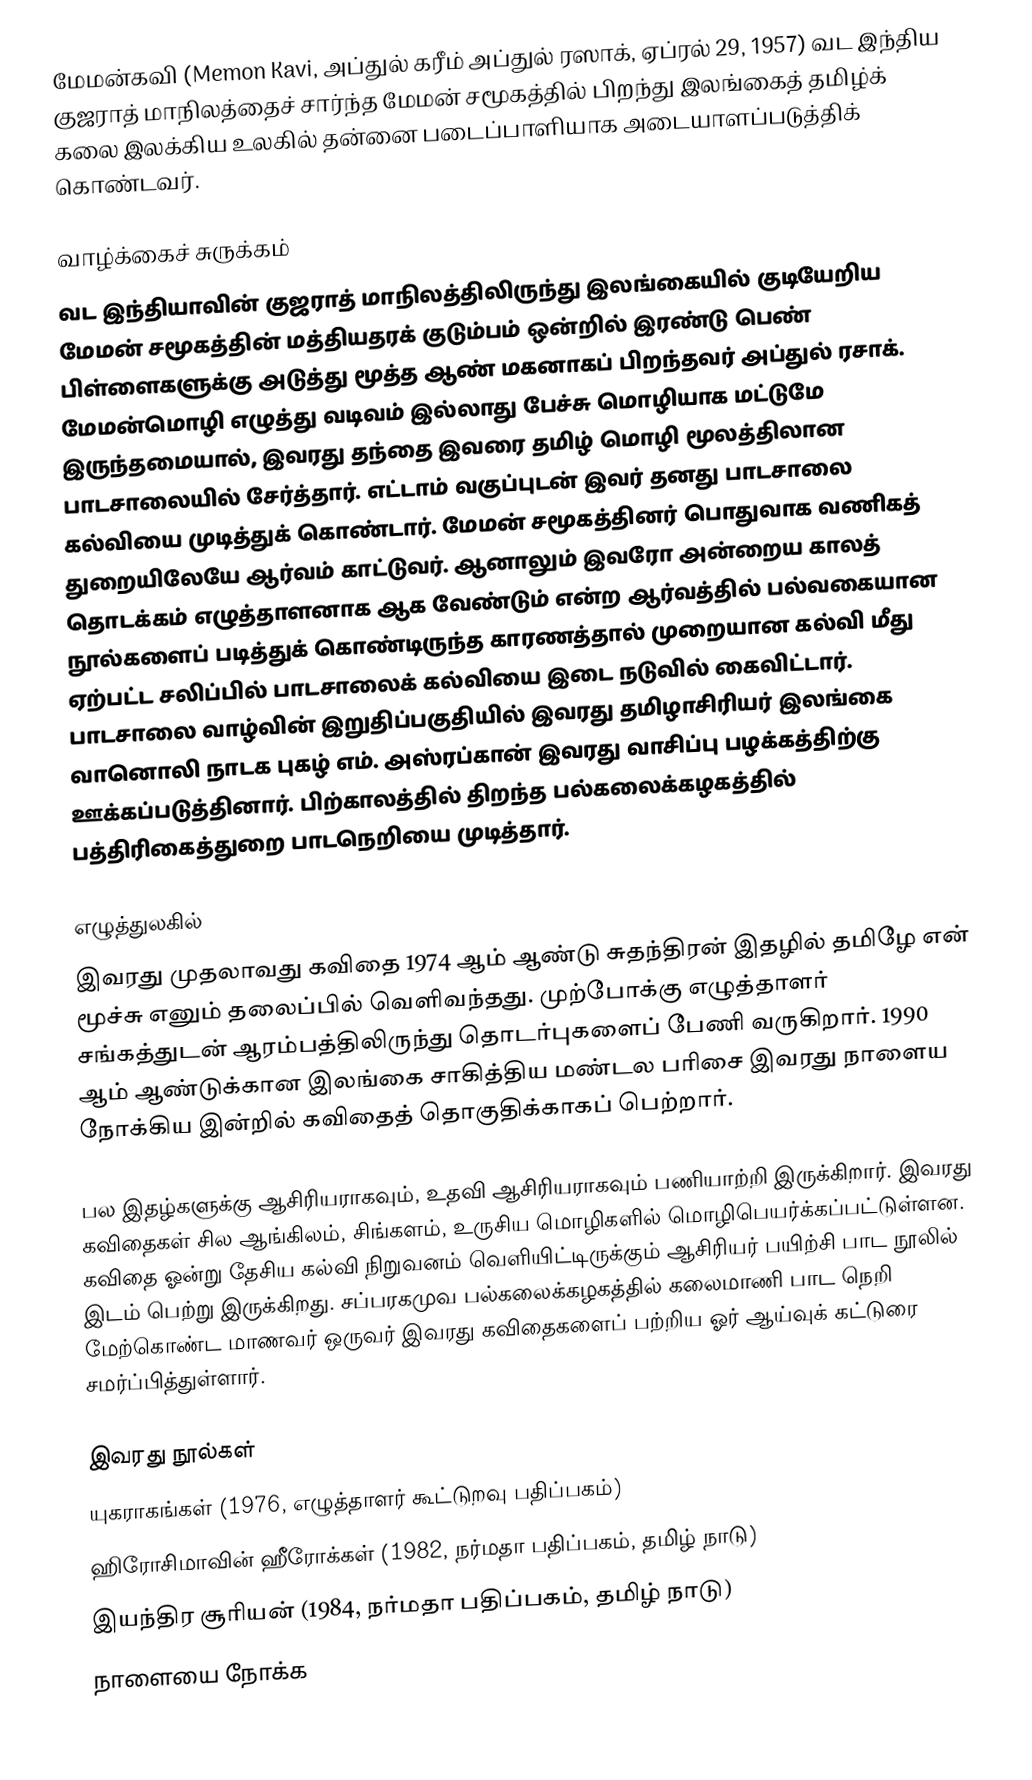
மேமன்கவி (Memon Kavi, அப்துல் கரீம் அப்துல் ரஸாக், ஏப்ரல் 29, 1957) வட இந்திய குஜராத் மாநிலத்தைச் சார்ந்த மேமன் சமூகத்தில் பிறந்து இலங்கைத் தமிழ்க் கலை இலக்கிய உலகில் தன்னை படைப்பாளியாக அடையாளப்படுத்திக் கொண்டவர்.

வாழ்க்கைச் சுருக்கம்
வட இந்தியாவின் குஜராத் மாநிலத்திலிருந்து இலங்கையில் குடியேறிய மேமன் சமூகத்தின் மத்தியதரக் குடும்பம் ஒன்றில் இரண்டு பெண் பிள்ளைகளுக்கு அடுத்து மூத்த ஆண் மகனாகப் பிறந்தவர் அப்துல் ரசாக். மேமன்மொழி எழுத்து வடிவம் இல்லாது பேச்சு மொழியாக மட்டுமே இருந்தமையால், இவரது தந்தை இவரை தமிழ் மொழி மூலத்திலான பாடசாலையில் சேர்த்தார். எட்டாம் வகுப்புடன் இவர் தனது பாடசாலை கல்வியை முடித்துக் கொண்டார். மேமன் சமூகத்தினர் பொதுவாக வணிகத் துறையிலேயே ஆர்வம் காட்டுவர். ஆனாலும் இவரோ அன்றைய காலத் தொடக்கம் எழுத்தாளனாக ஆக வேண்டும் என்ற ஆர்வத்தில் பல்வகையான நூல்களைப் படித்துக் கொண்டிருந்த காரணத்தால் முறையான கல்வி மீது ஏற்பட்ட சலிப்பில் பாடசாலைக் கல்வியை இடை நடுவில் கைவிட்டார். பாடசாலை வாழ்வின் இறுதிப்பகுதியில் இவரது தமிழாசிரியர் இலங்கை வானொலி நாடக புகழ் எம். அஸ்ரப்கான் இவரது வாசிப்பு பழக்கத்திற்கு ஊக்கப்படுத்தினார். பிற்காலத்தில் திறந்த பல்கலைக்கழகத்தில் பத்திரிகைத்துறை பாடநெறியை முடித்தார்.

எழுத்துலகில்
இவரது முதலாவது கவிதை 1974 ஆம் ஆண்டு சுதந்திரன் இதழில் தமிழே என் மூச்சு எனும் தலைப்பில் வெளிவந்தது. முற்போக்கு எழுத்தாளர் சங்கத்துடன் ஆரம்பத்திலிருந்து தொடர்புகளைப் பேணி வருகிறார். 1990 ஆம் ஆண்டுக்கான இலங்கை சாகித்திய மண்டல பரிசை இவரது நாளைய நோக்கிய இன்றில் கவிதைத் தொகுதிக்காகப் பெற்றார்.

பல இதழ்களுக்கு ஆசிரியராகவும், உதவி ஆசிரியராகவும் பணியாற்றி இருக்கிறார். இவரது கவிதைகள் சில ஆங்கிலம், சிங்களம், உருசிய மொழிகளில் மொழிபெயர்க்கப்பட்டுள்ளன. கவிதை ஓன்று தேசிய கல்வி நிறுவனம் வெளியிட்டிருக்கும் ஆசிரியர் பயிற்சி பாட நூலில் இடம் பெற்று இருக்கிறது. சப்பரகமுவ பல்கலைக்கழகத்தில் கலைமாணி பாட நெறி மேற்கொண்ட மாணவர் ஒருவர் இவரது கவிதைகளைப் பற்றிய ஓர் ஆய்வுக் கட்டுரை சமர்ப்பித்துள்ளார்.

இவரது நூல்கள்
 யுகராகங்கள் (1976, எழுத்தாளர் கூட்டுறவு பதிப்பகம்)
 ஹிரோசிமாவின் ஹீரோக்கள் (1982, நர்மதா பதிப்பகம், தமிழ் நாடு)
 இயந்திர சூரியன் (1984, நர்மதா பதிப்பகம், தமிழ் நாடு)
 நாளையை நோக்க